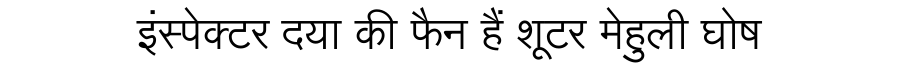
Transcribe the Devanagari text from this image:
इंस्पेक्टर दया की फैन हैं शूटर मेहुली घोष